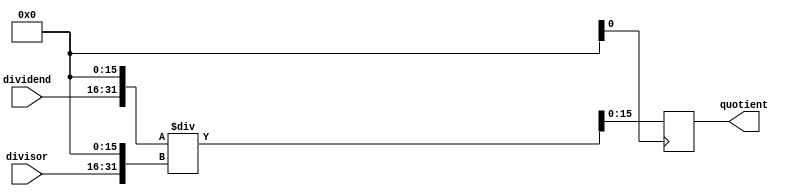
module fixed_point_divider(
  input signed [15:0] dividend,
  input signed [15:0] divisor,
  output reg signed [15:0] quotient
);

reg signed [31:0] dividend_reg;
reg signed [31:0] divisor_reg;
reg signed [31:0] quotient_reg;

always @(*) begin
  dividend_reg = dividend << 16;
  divisor_reg = divisor << 16;
end

always @(*) begin
  quotient_reg = dividend_reg / divisor_reg;
end

always @(posedge clk) begin
  quotient <= quotient_reg[15:0];
end

endmodule